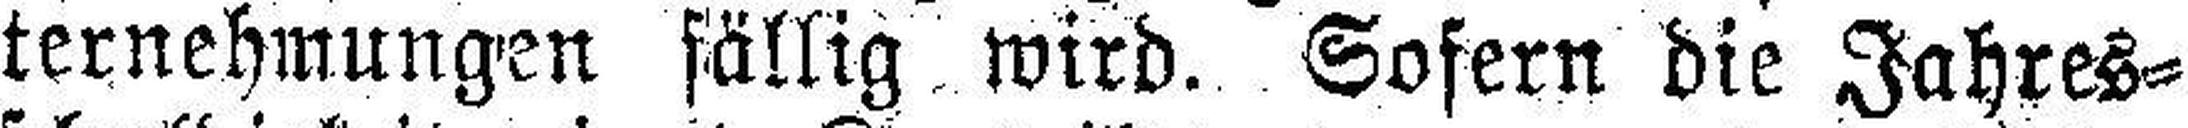
ternehmungen fällig wird. Sofern die Jahres¬